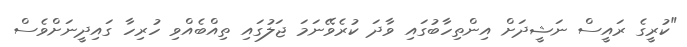
"ކުރީގެ ރައީސް ނަޝީދަށް އިންތިހާބުގައި ވާދަ ކުރެވޭނަމަ ޖަލުގައި ތިއްބެއްވި ހުރިހާ ގައިދީނަށްވެސް